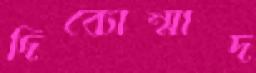
দিব্যোন্মাদ